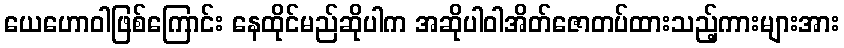
ယေဟောဝါဖြစ်ကြောင်း နေထိုင်မည်ဆိုပါက အဆိုပါဝါအိတ်ဇောတပ်ထားသည့်ကားများအား